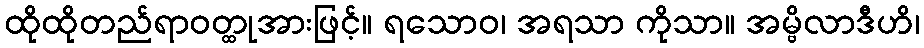
ထိုထိုတည်ရာဝတ္ထုအားဖြင့်။ ရသောဝ၊ အရသာ ကိုသာ။ အမ္ဗိလာဒီဟိ၊